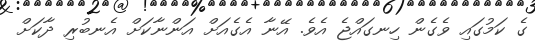
ގެ ކަމުގައި ވެގެން ހިނގައްޖެ އެވެ. އޭނާ އެގެއަށް އަންނާކަށް އެނބުރި ދާކަށް